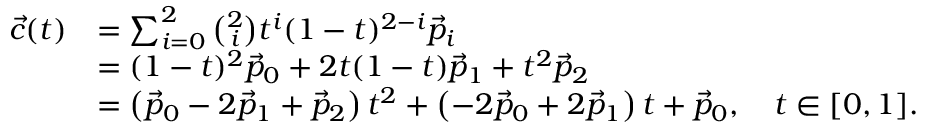
{ \begin{array} { r l } { { \vec { c } } ( t ) } & { = \sum _ { i = 0 } ^ { 2 } { \binom { 2 } { i } } t ^ { i } ( 1 - t ) ^ { 2 - i } { \vec { p } } _ { i } } \\ & { = ( 1 - t ) ^ { 2 } { \vec { p } } _ { 0 } + 2 t ( 1 - t ) { \vec { p } } _ { 1 } + t ^ { 2 } { \vec { p } } _ { 2 } } \\ & { = \left( { \vec { p } } _ { 0 } - 2 { \vec { p } } _ { 1 } + { \vec { p } } _ { 2 } \right) t ^ { 2 } + \left( - 2 { \vec { p } } _ { 0 } + 2 { \vec { p } } _ { 1 } \right) t + { \vec { p } } _ { 0 } , \quad t \in [ 0 , 1 ] . } \end{array} }